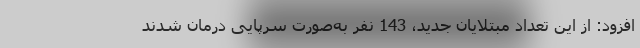
افزود: از این تعداد مبتلایان جدید، 143 نفر به‌صورت سرپایی درمان شدند